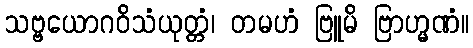
သဗ္ဗယောဂဝိသံယုတ္တံ၊ တမဟံ ဗြူမိ ဗြာဟ္မဏံ။